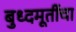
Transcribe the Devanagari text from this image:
बुध्दमूर्तीचा